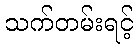
သက်တမ်းရင့်